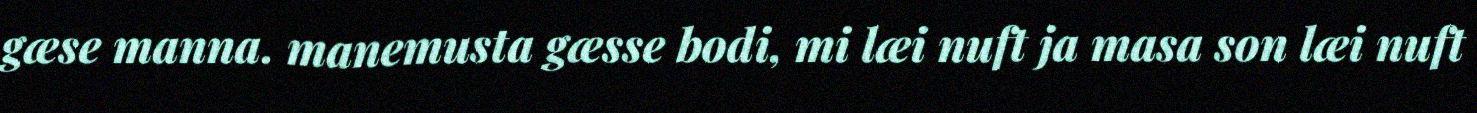
gæse manna. manemusta gæsse bodi, mi læi nuft ja masa son læi nuft